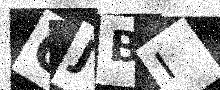
Text: CJBI